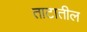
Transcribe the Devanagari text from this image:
ताटातील